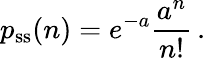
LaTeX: p_{\mathrm{ss}}(n)=e^{-a}\frac{a^{n}}{n!}\, .